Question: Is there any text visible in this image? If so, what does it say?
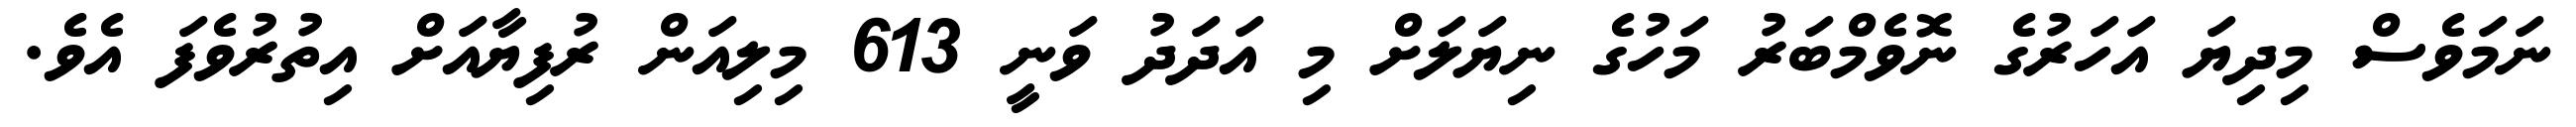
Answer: ނަމަވެސް މިދިޔަ އަހަރުގެ ނޮވެމްބަރު މަހުގެ ނިޔަލަށް މި އަދަދު ވަނީ 613 މިލިއަން ރުފިޔާއަށް އިތުރުވެފަ އެވެ.